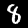
Label: 8